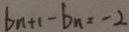
b _ { n + 1 } - b _ { n } = - 2